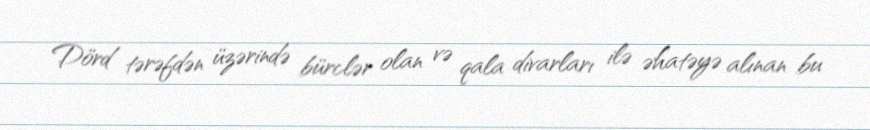
Dörd tərəfdən üzərində bürclər olan və qala divarları ilə əhatəyə alınan bu